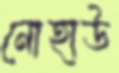
নোহাউ